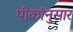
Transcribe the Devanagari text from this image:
पीकांनुसार